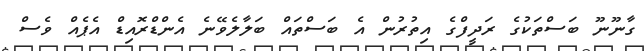
ގާނޫނޫ ބަސްތަކުގެ ރަދީފްގެ އިތުރުން އެ ބަސްތައް ބަލާލެވޭނެ އެންޑްރޮއިޑް އެޕެއް ވެސް